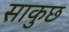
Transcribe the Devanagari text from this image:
साकुछ